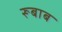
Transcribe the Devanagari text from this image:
रूबाब